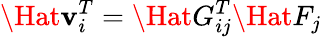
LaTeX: \Hat{\mathbf{v}}_{i}^{T}=\Hat{G}_{ij}^{T}\Hat{F}_{j}